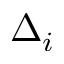
\Delta _ { i }